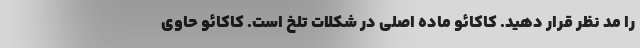
را مد نظر قرار دهید. کاکائو ماده اصلی در شکلات تلخ است. کاکائو حاوی